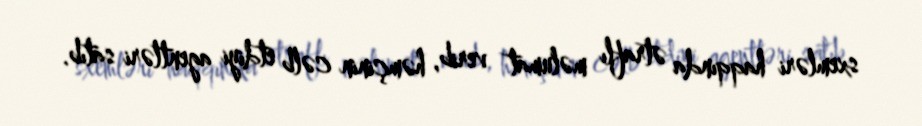
sxemləri haqqında ətraflı məlumat verib, həmçinin cəlb etdiyi agentləri satıb.